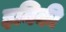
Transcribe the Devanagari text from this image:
इनिकी